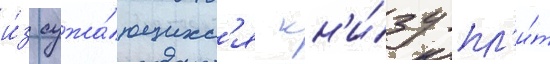
и́з сужа́ющихс'я кн'и́зу пл'и́т